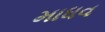
માધવ